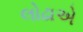
લોઢાએ